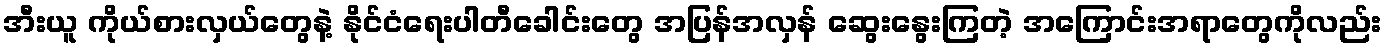
အီးယူ ကိုယ်စားလှယ်တွေနဲ့ နိုင်ငံရေးပါတီခေါင်းတွေ အပြန်အလှန် ဆွေးနွေးကြတဲ့ အကြောင်းအရာတွေကိုလည်း